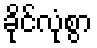
ခိုင်လုံစွာ